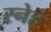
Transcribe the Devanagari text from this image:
स्नेहं